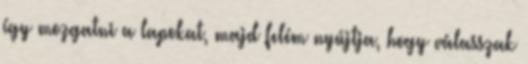
így mozgatni a lapokat, majd felém nyújtja, hogy válasszak